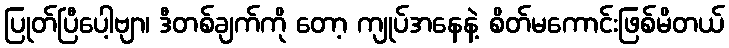
ပြုတ်ပြီပေါ့ဗျာ၊ ဒီတစ်ချက်ကို တော့ ကျုပ်အနေနဲ့ စိတ်မကောင်းဖြစ်မိတယ်